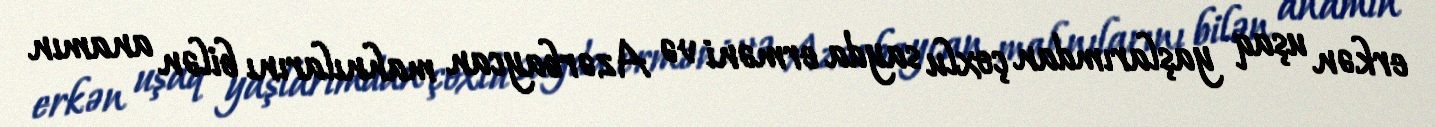
erkən uşaq yaşlarımdan çoxlu sayda erməni və Azərbaycan mahnılarını bilən anamın